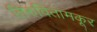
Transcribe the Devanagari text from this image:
तिरुवितामकूर